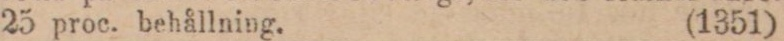
25 proc. behållning. (1351)